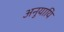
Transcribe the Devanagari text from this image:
अनुयायि